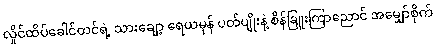
လှိုင်ထိပ်ခေါင်တင်ရဲ့ သားချော့ ရေယမုန် ပတ်ပျိုးနဲ့ စိန်ခြူးကြာညောင် အမျှော်စိုက်